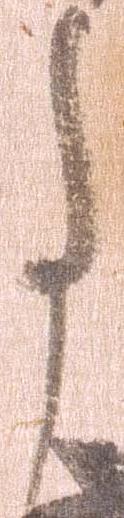
事